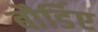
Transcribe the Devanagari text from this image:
बौर्डिए